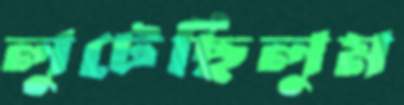
লুটেছিলুম